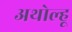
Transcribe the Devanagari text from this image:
अथोल्हू